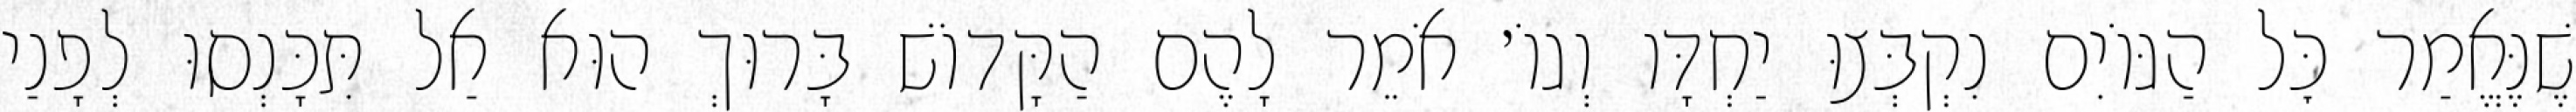
שֶׁנֶּאֱמַר כׇּל הַגּוֹיִם נִקְבְּצוּ יַחְדָּו וְגוֹ׳ אֹמֵר לָהֶם הַקָּדוֹשׁ בָּרוּךְ הוּא אַל תִּכָּנְסוּ לְפָנַי